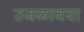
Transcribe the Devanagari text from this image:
उजळावया